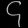
Digit: ၄